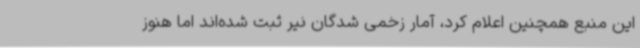
این منبع همچنین اعلام کرد، آمار زخمی شدگان نیر ثبت شده‌اند اما هنوز